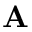
\mathbf { A }